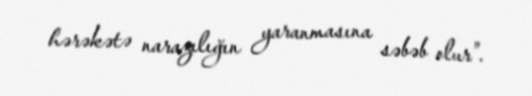
hərəkətə narazılığın yaranmasına səbəb olur”.